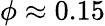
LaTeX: \phi\approx 0.15